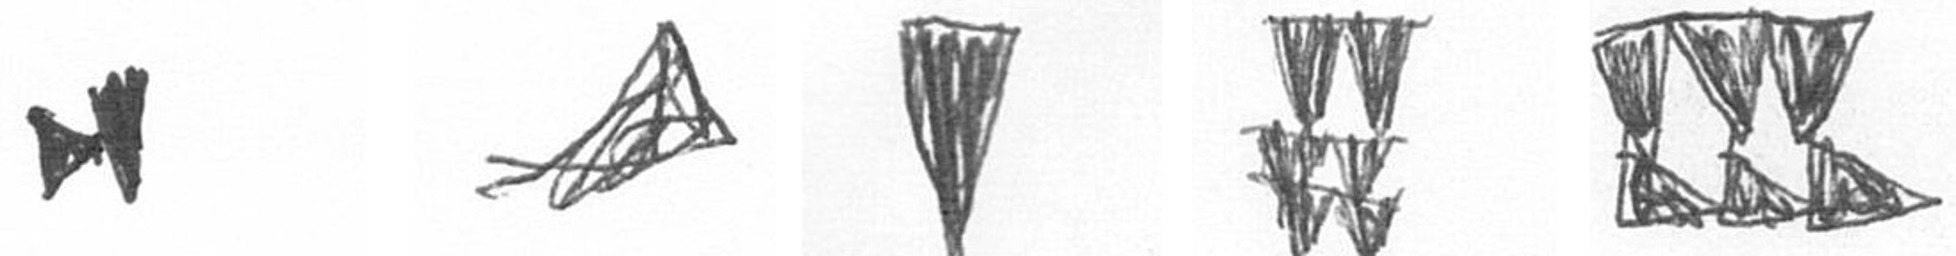
M O J Y D